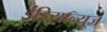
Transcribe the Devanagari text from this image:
ईंडियान्युज